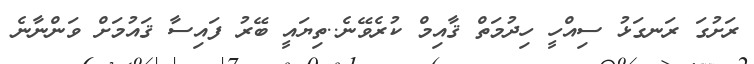
ރަށުގަ ރަނގަޅު ސިއްހީ ހިދުމަތް ޤާއިމް ކުރެވޭނެ..ތިޔައީ ބޭރު ފައިސާ ޤައުމަށް ވަންނާނެ